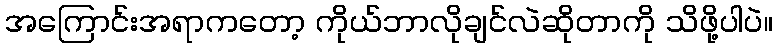
အကြောင်းအရာကတော့ ကိုယ်ဘာလိုချင်လဲဆိုတာကို သိဖို့ပါပဲ။